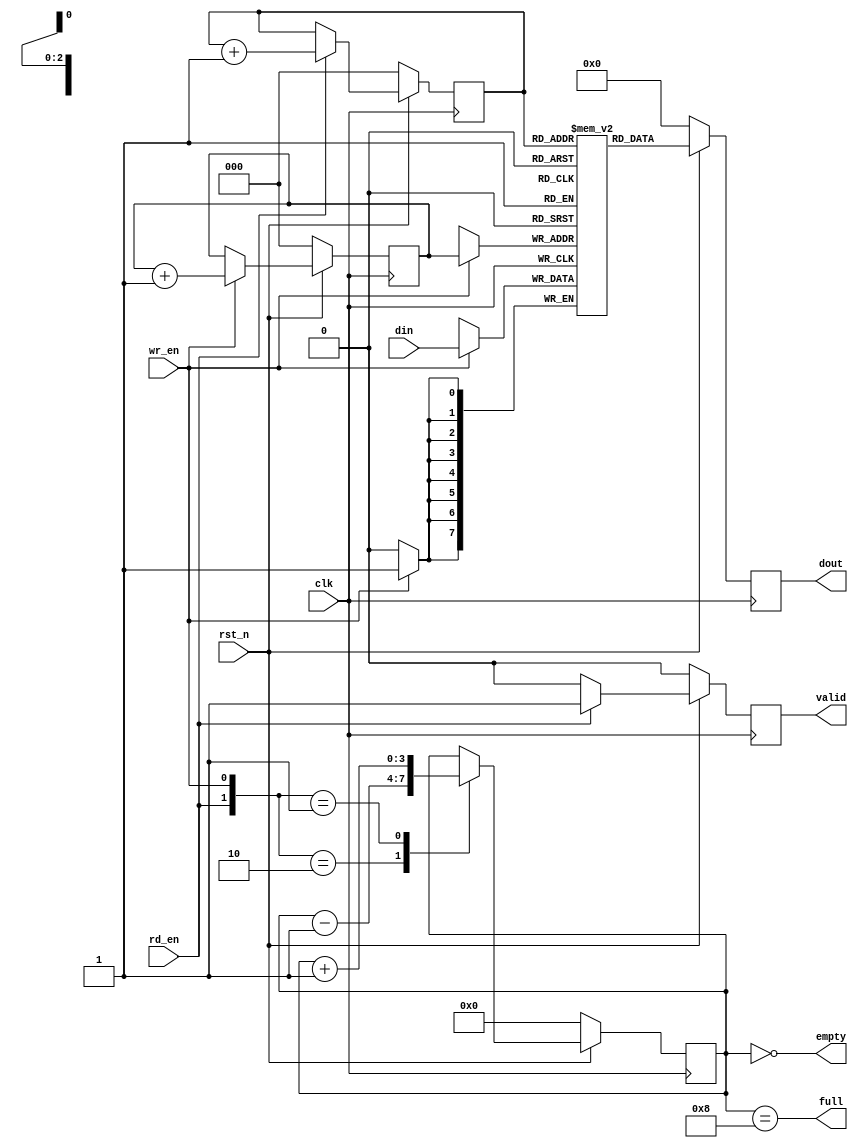
module fifo
   #(
      parameter DATA_WIDTH = 8,
      parameter LOG2_DEPTH = 3 
   )   
   (
      input clk,
      input rst_n,
      input [DATA_WIDTH-1:0]  din,
      input wr_en,
      input rd_en,
      output reg [DATA_WIDTH-1:0] dout,
      output full,
      output empty,
      output reg valid
   );
 
    parameter MAX_COUNT = 2**LOG2_DEPTH;
    reg   [LOG2_DEPTH-1 : 0]   rd_ptr;
    reg   [LOG2_DEPTH-1 : 0]   wr_ptr;
    reg   [DATA_WIDTH-1 : 0]   mem[MAX_COUNT-1 : 0];   //memory size: 2**LOG2_DEPTH
    reg   [LOG2_DEPTH : 0]     depth_cnt;
      
 
    always @(posedge clk) begin
        if(~rst_n) begin
            wr_ptr <= 'h0;
            rd_ptr <= 'h0;
        end // end if
        else begin
            if(wr_en)
                wr_ptr <= wr_ptr+1;            
            if(rd_en)
                rd_ptr <= rd_ptr+1;
        end //end else
    end//end always
 
    assign empty= (depth_cnt=='h0);
    assign full = (depth_cnt==MAX_COUNT);
    
    //comment if you want a registered dout
    //assign dout = rd_en ? mem[rd_ptr]:'h0;
 
    always @(posedge clk) begin
        if (wr_en)
            mem[wr_ptr] <= din;
    end //end always
    
    //uncomment if you want a registered dout
    always @(posedge clk) begin
        if (~rst_n) begin
            dout <= 'h0;
            valid <= 1'b0;
        end else begin
            if (rd_en)
                valid <= 1'b1;
            else
                valid <= 1'b0;
            dout <= mem[rd_ptr];            
        end
    end
 
    always @(posedge clk) begin
        if (~rst_n)
            depth_cnt <= 'h0;
        else begin
            case({rd_en,wr_en})
                2'b10    :  depth_cnt <= depth_cnt-1;
                2'b01    :  depth_cnt <= depth_cnt+1;
            endcase
        end //end else
    end //end always
 
endmodule